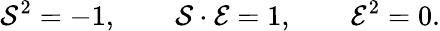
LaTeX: {\cal S}^{2}=-1,\qquad{\cal S}\cdot{\cal E}=1,\qquad{\cal E}^{2}=0.